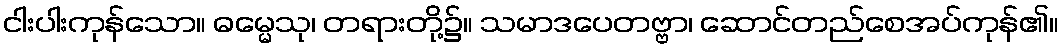
ငါးပါးကုန်သော။ ဓမ္မေသု၊ တရားတို့၌။ သမာဒပေတဗ္ဗာ၊ ဆောင်တည်စေအပ်ကုန်၏။